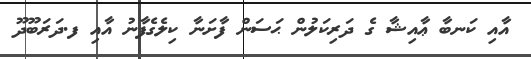
އާއި ކަނބާ ޢާއިޝާ ގެ ދަރިކަލުން ޙަސަން ފާށަނާ ކިލެގެފާނު އާއި ފ.ދަރަބޫދޫ